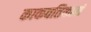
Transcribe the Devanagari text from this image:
काकवतिकानं